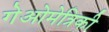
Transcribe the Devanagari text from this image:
गेओमेत्रिकी